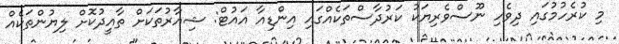
މި ކުރެހުމުގައި ދިވެހި ނޫސްވެރިޔަކު ކަރުދާސްތަކެއްގައި އިންޑިއާ އައުޓް: ޝިއާރުތަކަށް ތާއީދުކޮށް ލިޔުންތަކެއް